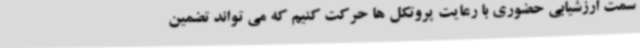
سمت ارزشیابی حضوری با رعایت پروتکل ها حرکت کنیم که می تواند تضمین